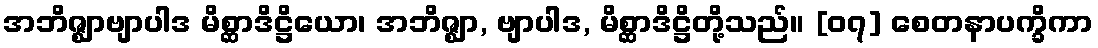
အဘိဇ္ဈာဗျာပါဒ မိစ္ဆာဒိဋ္ဌိယော၊ အဘိဇ္ဈာ, ဗျာပါဒ, မိစ္ဆာဒိဋ္ဌိတို့သည်။ [၀၇] စေတနာပက္ခိကာ